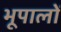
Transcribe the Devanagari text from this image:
भूपालों